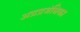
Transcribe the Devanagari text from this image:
अग्रप्रजंधिका